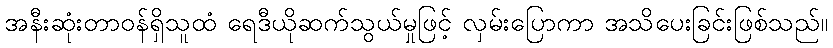
အနီးဆုံးတာဝန်ရှိသူထံ ရေဒီယိုဆက်သွယ်မှုဖြင့် လှမ်းပြောကာ အသိပေးခြင်းဖြစ်သည်။